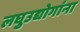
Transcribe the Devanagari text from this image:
लघुउद्योगांना